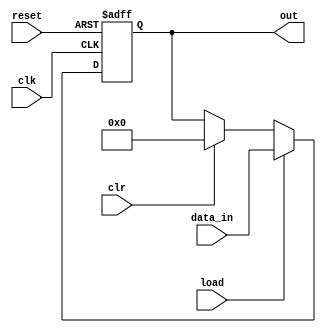
module register
#(parameter N = 8)
(
    input wire clk, reset, load, clr,
    input wire [N-1:0] data_in,
    output wire [N-1:0] out
);

//signals
reg [N-1:0] r_contents;
wire [N-1:0] r_next;

//state reg
always @(posedge clk or posedge reset)
    begin
        if(reset) r_contents = 0;
        else r_contents = r_next;
    end

//next state logic
assign r_next = (load==1'b1) ? data_in :
                (clr==1'b1) ? 0 :
                r_contents;

//output logic
assign out = r_contents;

endmodule